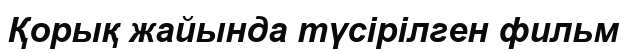
Қорық жайында түсірілген фильм